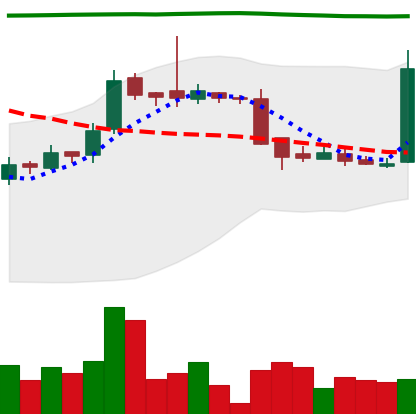
Ticker: LTC-USD
Chart end date: 2016-09-18
Forward return: -5.7%
Label: down_5_7